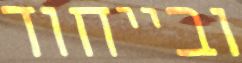
ובייחוד